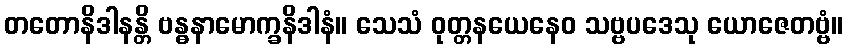
တတောနိဒါနန္တိ ဗန္ဓနာမောက္ခနိဒါနံ။ သေသံ ဝုတ္တနယေနေဝ သဗ္ဗပဒေသု ယောဇေတဗ္ဗံ။